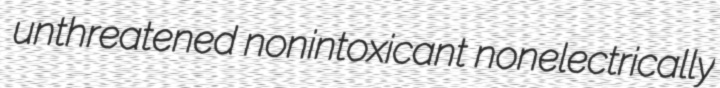
unthreatened nonintoxicant nonelectrically